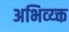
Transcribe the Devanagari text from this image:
अभिव्य्क्त